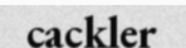
cackler